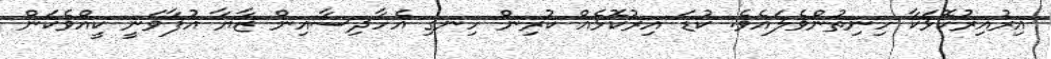
އިރުއިރުކޮޅަކާ ހިނިތުންވެލައެވެ. ކުޑަ އިރުކޮޅެއް ކުރިން ހިނގި އެހާދިސާއިން ޒާޔާ އުފާވަނީ ކީއްވެކަން